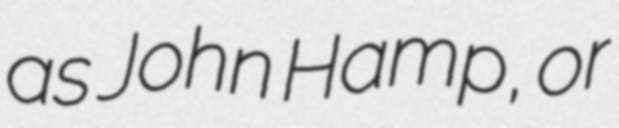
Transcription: as John Hamp, or